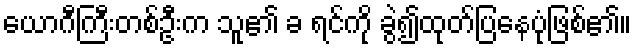
ယောဂီကြီးတစ်ဦးက သူ၏ ခ ရင်ကို ခွဲ၍ထုတ်ပြနေပုံဖြစ်၏။